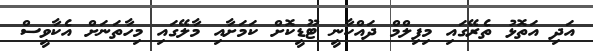
އަދި އަތޮޅު ތެރޭގައި މިފިލްމް ދައްކާނީ ޓޫޑީކޮށް ކަމަށާއި މާލޭގައި މިހާތަނަށް އެކާވީސް